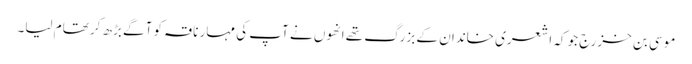
موسی بن خزرج جو کہ اشعری خاندان کے بزرگ تھے انھوں نے آپ کی مہار ناقہ کو آگے بڑھ کر تھام لیا۔